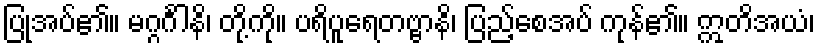
ပြုအပ်၏။ မဂ္ဂင်္ဂါနိ၊ တို့ကို။ ပရိပူရေတဗ္ဗာနိ၊ ပြည့်စေအပ် ကုန်၏။ ဣတိအယံ၊